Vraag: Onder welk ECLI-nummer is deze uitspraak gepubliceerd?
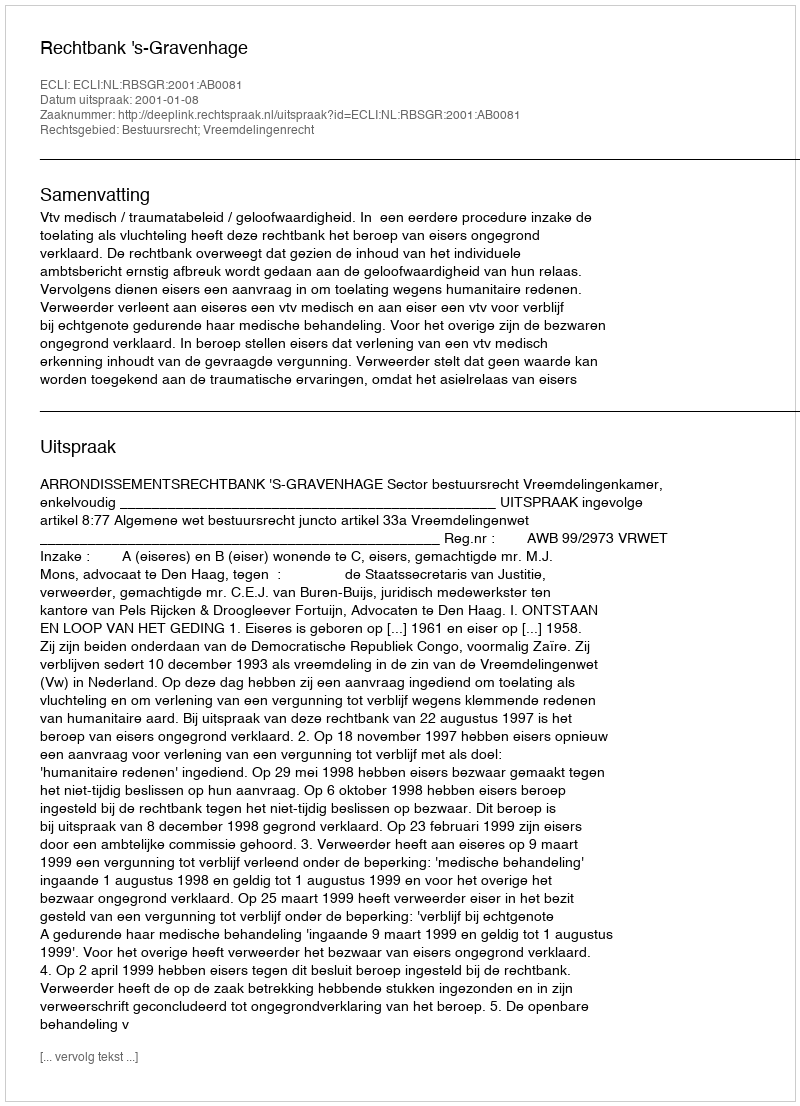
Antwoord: ECLI:NL:RBSGR:2001:AB0081